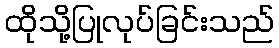
ထိုသို့ပြုလုပ်ခြင်းသည်